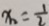
x _ { 2 } = \frac { 1 } { 2 }